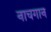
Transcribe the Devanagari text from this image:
नाचगान